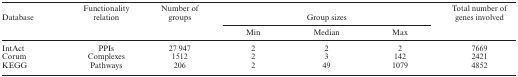
<table><thead><tr><td><b>Database</b></td><td><b>Functionality relation</b></td><td><b>Number of groups</b></td><td colspan="3"><b>Group sizes</b></td><td><b>Total number of genes involved</b></td></tr><tr><td></td><td></td><td></td><td><b>Min</b></td><td><b>Median</b></td><td><b>Max</b></td><td></td></tr></thead><tbody><tr><td>IntAct</td><td>PPIs</td><td>27 947</td><td>2</td><td>2</td><td>2</td><td>7669</td></tr><tr><td>Corum</td><td>Complexes</td><td>1512</td><td>2</td><td>3</td><td>142</td><td>2421</td></tr><tr><td>KEGG</td><td>Pathways</td><td>206</td><td>2</td><td>49</td><td>1079</td><td>4852</td></tr></tbody></table>